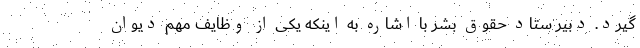
گیرد. دبیر ستاد حقوق بشر با اشاره به اینکه یکی از وظایف مهم دیوان